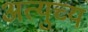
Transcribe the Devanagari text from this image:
अत्युच्य